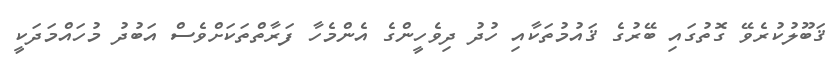
ޤަބޫލުކުރެވޭ ގޮތުގައި ބޭރުގެ ޤައުމުތަކާއި ހުދު ދިވެހީންގެ އެންމެހާ ފަރާތްތަކަށްވެސް އަބުދު މުހައްމަދަކީ